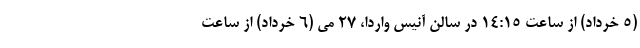
(۵ خرداد) از ساعت ۱۴:۱۵ در سالن آنیس واردا، ۲۷ می (۶ خرداد) از ساعت